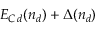
E _ { C \, d } ( n _ { d } ) + \Delta ( n _ { d } )